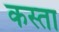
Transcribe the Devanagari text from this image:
कस्ता